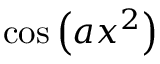
\cos \left( a x ^ { 2 } \right)